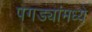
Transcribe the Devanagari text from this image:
पगड्यांमध्ये